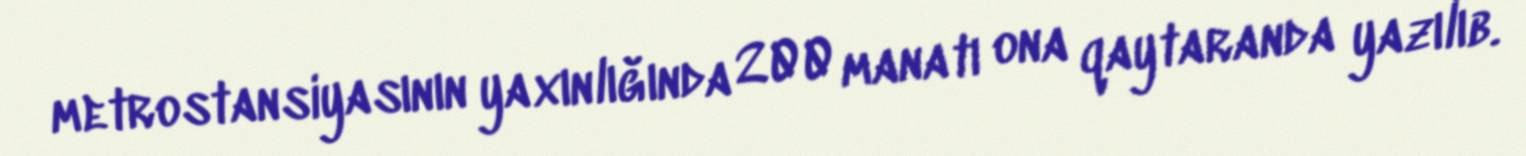
metrostansiyasının yaxınlığında 200 manatı ona qaytaranda yazılıb.